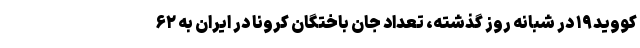
کووید۱۹ در شبانه روز گذشته، تعداد جان باختگان کرونا در ایران به ۶۲